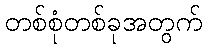
တစ်စုံတစ်ခုအတွက်